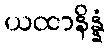
ယထာနိန္နံ